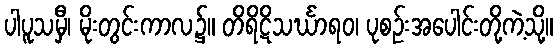
ပါပူသမှီ၊ မိုးတွင်းကာလ၌။ တိရိဋိသင်္ဃာရဝ၊ ပုစဉ်းအပေါင်းတို့ကဲ့သို့။